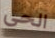
الحى